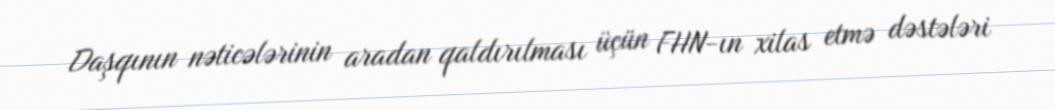
Daşqının nəticələrinin aradan qaldırılması üçün FHN-ın xilas etmə dəstələri